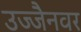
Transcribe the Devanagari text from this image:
उज्जैनवर